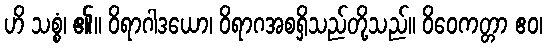
ဟိ သစ္စံ၊ ၏။ ဝိရာဂါဒယော၊ ဝိရာဂအစရှိသည်တို့သည်။ ဝိဝေကတ္တာ ဧဝ၊